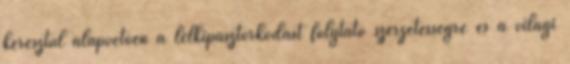
keresztül alapvetően a lelkipásztorkodást folytató szerzetességre és a világi